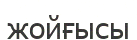
жойғысы